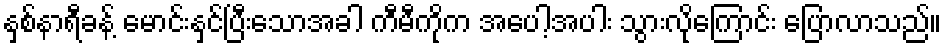
နှစ်နာရီခန့် မောင်းနှင်ပြီးသောအခါ ကီမီကိုက အပေါ့အပါး သွားလိုကြောင်း ပြောလာသည်။